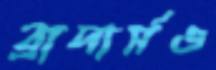
ব্রাদার্সও